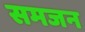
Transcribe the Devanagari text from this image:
समजन